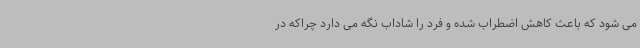
می شود که باعث کاهش اضطراب شده و فرد را شاداب نگه می دارد چراکه در